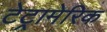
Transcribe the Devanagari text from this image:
टेट्रामेरिक